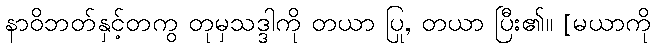
နာဝိဘတ်နှင့်တကွ တုမှသဒ္ဒါကို တယာ ပြု, တယာ ပြီး၏။ [မယာကို